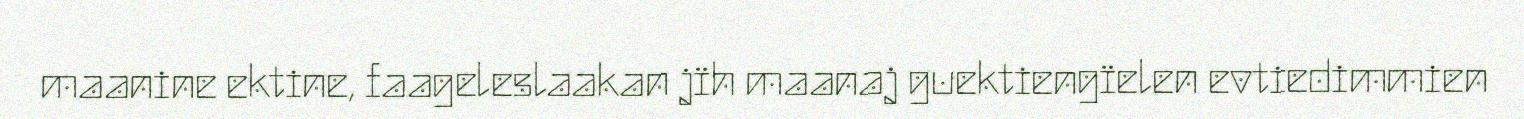
maanine ektine, faageleslaakan jïh maanaj guektiengïelen evtiedimmien